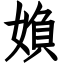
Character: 媍